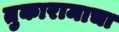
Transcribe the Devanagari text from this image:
तुकारामाचा